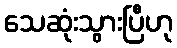
သေဆုံးသွားပြီဟု